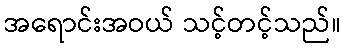
အရောင်းအဝယ် သင့်တင့်သည်။